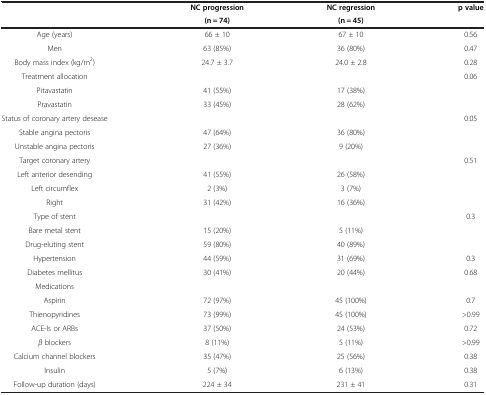
<table><thead><tr><td rowspan="2"><b> </b></td><td><b>NC progression</b></td><td><b>NC regression</b></td><td rowspan="2"><b>p value</b></td></tr><tr><td><b>(n = 74)</b></td><td><b>(n = 45)</b></td></tr></thead><tbody><tr><td>Age (years)</td><td>66 ± 10</td><td>67 ± 10</td><td>0.56</td></tr><tr><td>Men</td><td>63 (85%)</td><td>36 (80%)</td><td>0.47</td></tr><tr><td>Body mass index (kg/m<sup>2</sup>)</td><td>24.7 ± 3.7</td><td>24.0 ± 2.8</td><td>0.28</td></tr><tr><td>Treatment allocation</td><td> </td><td> </td><td>0.06</td></tr><tr><td>Pitavastatin</td><td>41 (55%)</td><td>17 (38%)</td><td> </td></tr><tr><td>Pravastatin</td><td>33 (45%)</td><td>28 (62%)</td><td> </td></tr><tr><td>Status of coronary artery desease</td><td> </td><td> </td><td>0.05</td></tr><tr><td>Stable angina pectoris</td><td>47 (64%)</td><td>36 (80%)</td><td> </td></tr><tr><td>Unstable angina pectoris</td><td>27 (36%)</td><td>9 (20%)</td><td> </td></tr><tr><td>Target coronary artery</td><td> </td><td> </td><td>0.51</td></tr><tr><td>Left anterior desending</td><td>41 (55%)</td><td>26 (58%)</td><td> </td></tr><tr><td>Left circumflex</td><td>2 (3%)</td><td>3 (7%)</td><td> </td></tr><tr><td>Right</td><td>31 (42%)</td><td>16 (36%)</td><td> </td></tr><tr><td>Type of stent</td><td> </td><td> </td><td>0.3</td></tr><tr><td>Bare metal stent</td><td>15 (20%)</td><td>5 (11%)</td><td> </td></tr><tr><td>Drug-eluting stent</td><td>59 (80%)</td><td>40 (89%)</td><td> </td></tr><tr><td>Hypertension</td><td>44 (59%)</td><td>31 (69%)</td><td>0.3</td></tr><tr><td>Diabetes mellitus</td><td>30 (41%)</td><td>20 (44%)</td><td>0.68</td></tr><tr><td>Medications</td><td> </td><td> </td><td> </td></tr><tr><td>Aspirin</td><td>72 (97%)</td><td>45 (100%)</td><td>0.7</td></tr><tr><td>Thienopyridines</td><td>73 (99%)</td><td>45 (100%)</td><td>&gt;0.99</td></tr><tr><td>ACE-Is or ARBs</td><td>37 (50%)</td><td>24 (53%)</td><td>0.72</td></tr><tr><td><i>β</i> blockers</td><td>8 (11%)</td><td>5 (11%)</td><td>&gt;0.99</td></tr><tr><td>Calcium channel blockers</td><td>35 (47%)</td><td>25 (56%)</td><td>0.38</td></tr><tr><td>Insulin</td><td>5 (7%)</td><td>6 (13%)</td><td>0.38</td></tr><tr><td>Follow-up duration (days)</td><td>224 ± 34</td><td>231 ± 41</td><td>0.31</td></tr></tbody></table>